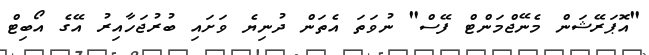
"އޮޕަރޭޝަން މެނޭޖްމަންޓް ފޭސް" ނުވަތަ އެތަން ދުނިޔެ ވަށައި ބުރުޖަހާއިރު އޭގެ އޯބިޓް